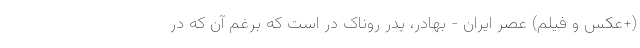
(+عکس و فیلم) عصر ایران - بهادر، پدر روناک در است که برغم آن که در